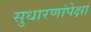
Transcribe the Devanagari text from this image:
सुधारणांपेक्षा